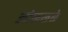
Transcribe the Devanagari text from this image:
ओळखळे